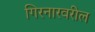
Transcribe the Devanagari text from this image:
गिरनारवरील